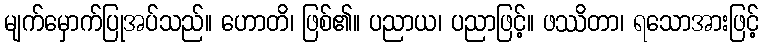
မျက်မှောက်ပြုအပ်သည်။ ဟောတိ၊ ဖြစ်၏။ ပညာယ၊ ပညာဖြင့်။ ဖဿိတာ၊ ရသောအားဖြင့်